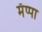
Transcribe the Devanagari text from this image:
मॅप्पा